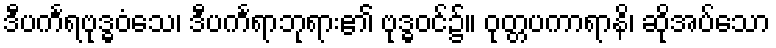
ဒီပင်္ကရဗုဒ္ဓဝံသေ၊ ဒီပင်္ကရာဘုရား၏ ဗုဒ္ဓဝင်၌။ ဝုတ္တပကာရာနိ၊ ဆိုအပ်သော